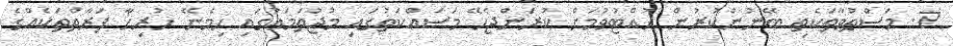
7. މަސްތުވާތަކެތި ބޭނުންކުރުން ހުއްޓުވުމަށް ކުރަންޖެހޭ މަސައްކަތުގައި މުޖުތަމަޢުގައި ހިމެނޭ ހުރިހާ ފަރާތްތަކެއްގެ